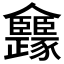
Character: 𠑳